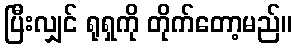
ပြီးလျှင် ရုရှကို တိုက်တော့မည်။